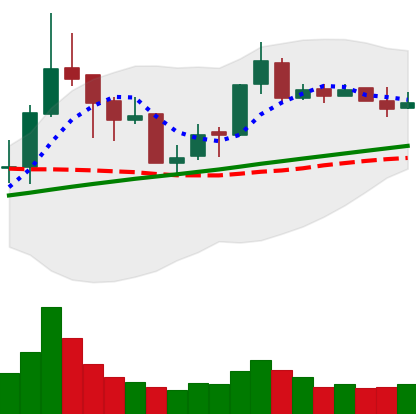
Ticker: BNB-USD
Chart end date: 2018-04-10
Forward return: 8.496%
Label: up_7plus